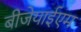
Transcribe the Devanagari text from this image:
बीजेयाईएम